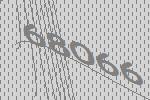
68066